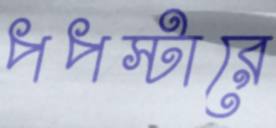
পপস্টারে